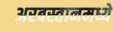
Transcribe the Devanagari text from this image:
अरबस्तानमध्ये